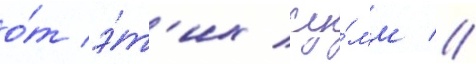
о́т э́т'их су́мм //